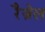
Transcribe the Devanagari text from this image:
रैज़ेल